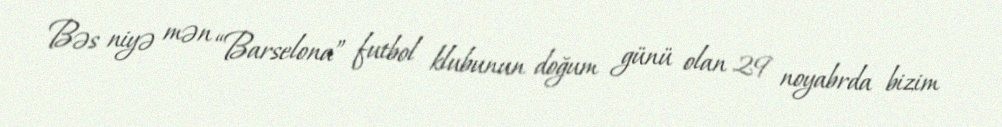
Bəs niyə mən “Barselona” futbol klubunun doğum günü olan 29 noyabrda bizim